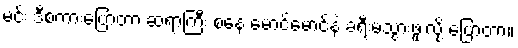
မင်း ဒီစကားပြောတာ ဆရာကြီး စနေ မောင်မောင်နဲ့ ခရီးမသွားဖူးလို့ ပြောတာ။